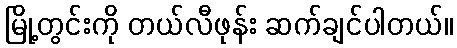
မြို့တွင်းကို တယ်လီဖုန်း ဆက်ချင်ပါတယ်။